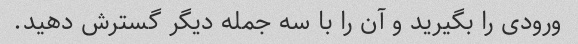
ورودی را بگیرید و آن را با سه جمله دیگر گسترش دهید.